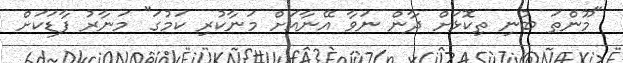
"މޫންތަ ބުނި ތިކޮޅަށް ދާން ނަވާ އޭނާއަށް މަނާކުރި ކަމުގަ" މަނާރު ފާޑަކަށް